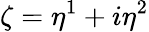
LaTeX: \zeta=\eta^{1}+i\eta^{2}